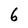
Character: 6